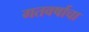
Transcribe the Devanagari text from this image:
गतवर्षाचा